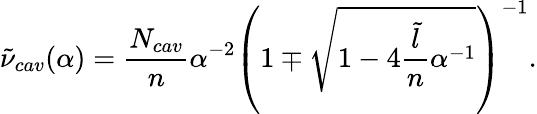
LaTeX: \tilde{\nu}_{cav}(\alpha)=\frac{N_{cav}}{n}\alpha^{-2}\left(1\mp\sqrt{1-4\frac{\tilde{l}}{n}\alpha^{-1}}\right)^{-1}.